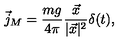
\vec { j } _ { M } = \frac { m g } { 4 \pi } \frac { \vec { x } } { | \vec { x } | ^ { 2 } } \delta ( t ) ,